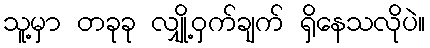
သူ့မှာ တခုခု လျှို့ဝှက်ချက် ရှိနေသလိုပဲ။